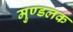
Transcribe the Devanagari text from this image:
मुण्डलक